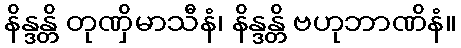
နိန္ဒန္တိ တုဏှိမာသီနံ၊ နိန္ဒန္တိ ဗဟုဘာဏိနံ။